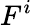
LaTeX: F^{i}